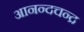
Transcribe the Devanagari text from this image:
आनन्दचन्द्र